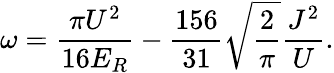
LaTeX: \omega=\frac{\pi U^{2}}{16E_{R}}-\frac{156}{31}\sqrt{\frac{2}{\pi}}\frac{J^{2}}{U}.